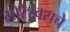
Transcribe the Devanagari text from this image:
भोरेश्र्वराचे